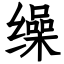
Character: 缲